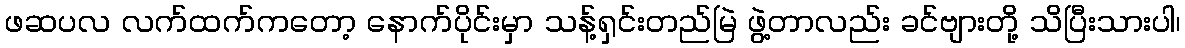
ဖဆပလ လက်ထက်ကတော့ နောက်ပိုင်းမှာ သန့်ရှင်းတည်မြဲ ဖွဲ့တာလည်း ခင်ဗျားတို့ သိပြီးသားပါ၊